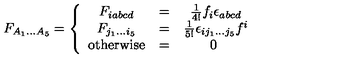
F _ { A _ { 1 } \dots A _ { 5 } } = \left\{ \begin{array} { c c c } { F _ { i a b c d } } & { = } & { \frac { 1 } { 4 ! } f _ { i } \epsilon _ { a b c d } } \\ { F _ { j _ { 1 } \dots i _ { 5 } } } & { = } & { \frac { 1 } { 5 ! } \epsilon _ { i j _ { 1 } \dots j _ { 5 } } f ^ { i } } \\ { \mathrm { o t h e r w i s e } } & { = } & { 0 \ } \\ \end{array} \right.